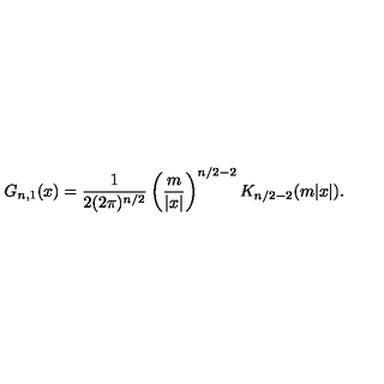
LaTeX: G _ { n , 1 } ( x ) = { \frac { 1 } { 2 ( 2 \pi ) ^ { n / 2 } } } \left( { \frac { m } { | x | } } \right) ^ { n / 2 - 2 } K _ { n / 2 - 2 } ( m | x | ) .